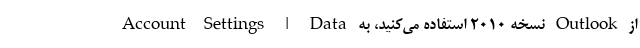
از Outlook نسخه ۲۰۱۰ استفاده می‌‌کنید، به Account Settings | Data